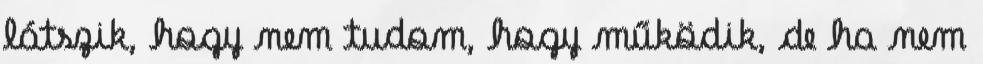
látszik, hogy nem tudom, hogy működik, de ha nem